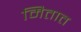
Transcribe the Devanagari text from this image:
मितात